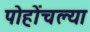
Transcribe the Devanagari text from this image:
पोहोंचल्या